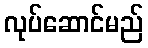
လုပ်ဆောင်မည်